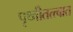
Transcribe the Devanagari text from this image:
पृथ्वीतत्त्वात